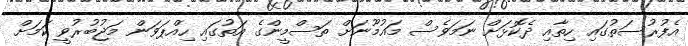
އެފުރުސަތުގައި ހިތާއި ދެކޮޅަށް ނަމަވެސް މައުމޫނަށް ތަސްމީންގެ އަތުގައި ހިއްޕަވަން މަޖުބުރުވީ ކަމަށް